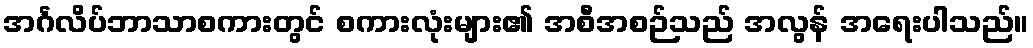
အင်္ဂလိပ်ဘာသာစကားတွင် စကားလုံးများ၏ အစီအစဉ်သည် အလွန် အရေးပါသည်။